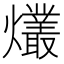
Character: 爜